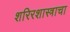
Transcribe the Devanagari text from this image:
शरिरशास्त्राचा